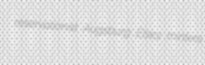
reservationist Augsburg Elsey minters